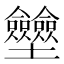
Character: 𡔗